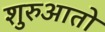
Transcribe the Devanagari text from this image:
शुरुआतो